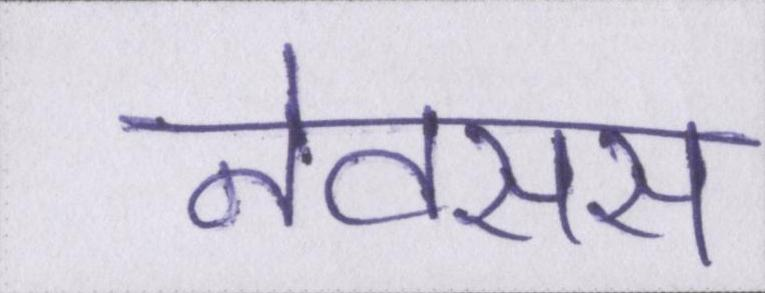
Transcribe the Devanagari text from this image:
नेक्सस